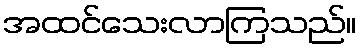
အထင်သေးလာကြသည်။